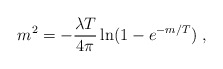
\begin{align*}m^2=-\frac{\lambda T}{4\pi}\ln(1-e^{-m/T})\;,\end{align*}